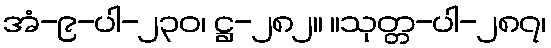
အံ-၉-ပါ-၂၃၀၊ ဋ္ဌ-၂၈၂။ ။သုတ္တ-ပါ-၂၈၇၊